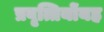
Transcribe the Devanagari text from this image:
प्रवृत्तियोंयह